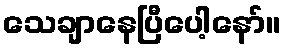
သေချာနေပြီပေါ့နော်။